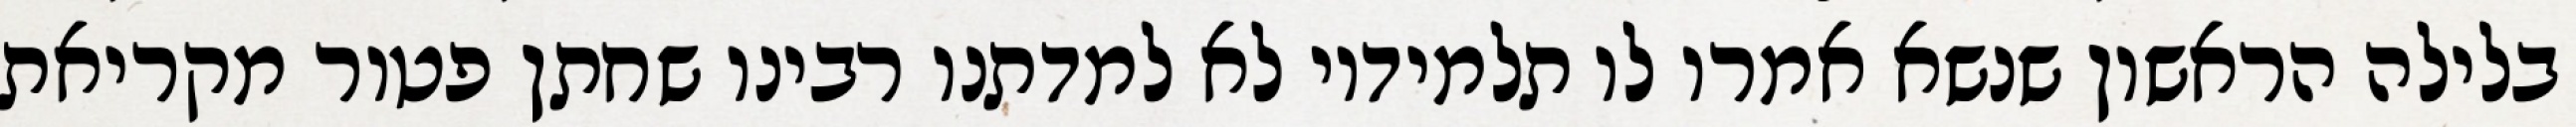
בלילה הראשון שנשא אמרו לו תלמידיו לא למדתנו רבינו שחתן פטור מקריאת